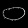
Digit: ၀